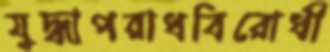
যুদ্ধাপরাধবিরোধী